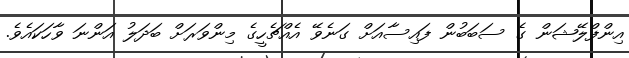
އިންފްލޭޝަން ގެ ސަބަބުން ފައިސާއަށް ގަނެވޭ އެއްޗެހީގެ މިންވަރަށް ބަދަލު އަންނަ ވާހަކައެވެ.